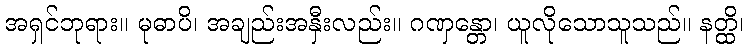
အရှင်ဘုရား။ မုဓာပိ၊ အချည်းအနှီးလည်း။ ဂဏှန္တော၊ ယူလိုသောသူသည်။ နတ္ထိ၊